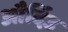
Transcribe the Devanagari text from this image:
और्दिउ